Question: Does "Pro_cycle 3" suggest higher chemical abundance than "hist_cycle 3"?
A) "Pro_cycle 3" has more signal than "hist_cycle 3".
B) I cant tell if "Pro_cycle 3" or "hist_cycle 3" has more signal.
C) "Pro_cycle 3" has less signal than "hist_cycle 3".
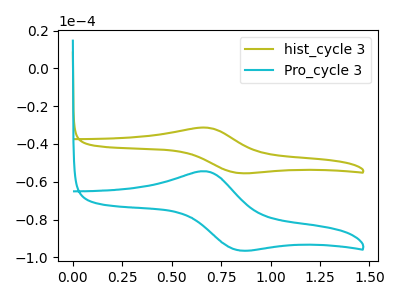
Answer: <think>The olive curve "hist_cycle 3" has an anodic peak at (0.65V, -31.35uA) and a cathodic peak at (0.85V, -55.40uA). The cyan curve "Pro_cycle 3" has an anodic peak at (0.65V, -54.45uA) and a cathodic peak at (0.85V, -96.25uA).
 All the peaks in "Pro_cycle 3" have a peak in "hist_cycle 3" at the same potential.</think>
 <answer>B) I cant tell if "Pro_cycle 3" or "hist_cycle 3" has more signal.</answer>
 <eval>B</eval>